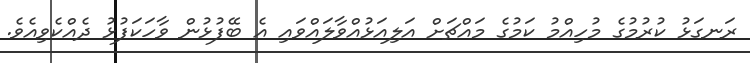
ރަނގަޅު ކުރުމުގެ މުހިއްމު ކަމުގެ މައްޗަށް އަލިއަޅުއްވާލައްވައި އެ ބޭފުޅުން ވާހަކަފުޅު ދެއްކެވިއެވެ.